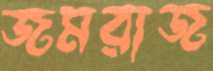
জমরাজ